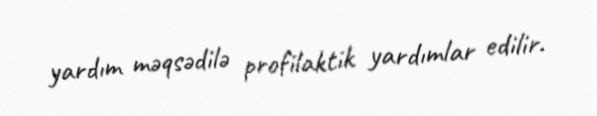
yardım məqsədilə profilaktik yardımlar edilir.